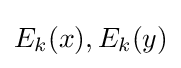
E_{k}(x),E_{k}(y)